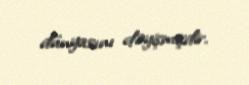
dünyasını dəyişmişdir.